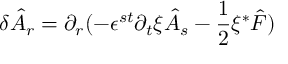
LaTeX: \delta \hat { A } _ { r } = \partial _ { r } ( - \epsilon ^ { s t } \partial _ { t } \xi \hat { A } _ { s } - \frac { 1 } { 2 } \xi { ^ \ast } \hat { F } )